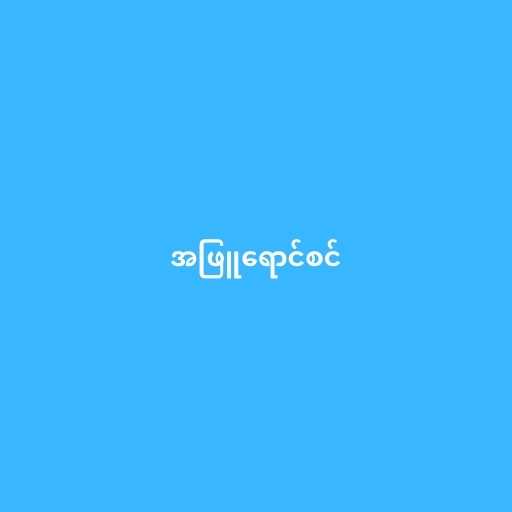
အဖြူရောင်စင်